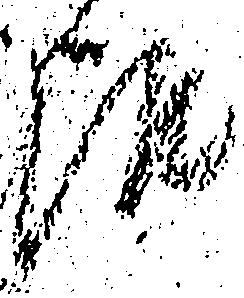
報